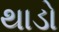
થાડો